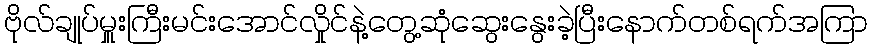
ဗိုလ်ချုပ်မှူးကြီးမင်းအောင်လှိုင်နဲ့တွေ့ဆုံဆွေးနွေးခဲ့ပြီးနောက်တစ်ရက်အကြာ